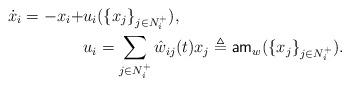
LaTeX: \begin{align*}\dot{x}_i=- x_i + & u_i(\{ x_j \}_{j\in N_i^+}), \\ &u_i= \sum_{j\in N_i^+} \hat{w}_{ij}(t) x_j \triangleq \mathsf{am}_w(\{x_j\}_{j\in N_i^+}).\end{align*}